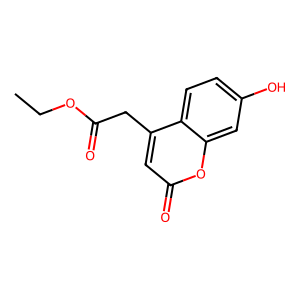
SMILES: CCOC(=O)Cc1cc(=O)oc2cc(O)ccc12
Inhibits HIV replication: No